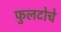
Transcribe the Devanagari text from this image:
फुलटोचे